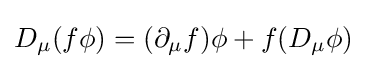
D_{\mu }(f\phi )=(\partial _{\mu }f)\phi +f(D_{\mu }\phi )